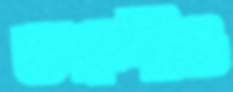
তরুণীও